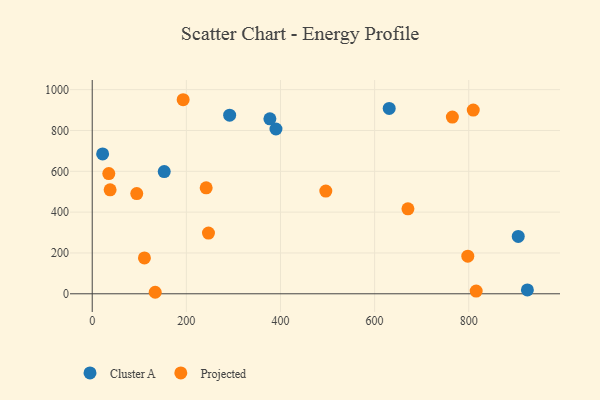
{"axis": {"x": "Study Hours", "y": "Salary"}, "legend": ["Cluster A", "Projected"], "data": [{"x": "390.4", "y": 807.3, "type": "Cluster A"}, {"x": "631.0", "y": 907.9, "type": "Cluster A"}, {"x": "22.1", "y": 685.3, "type": "Cluster A"}, {"x": "924.6", "y": 18.9, "type": "Cluster A"}, {"x": "377.5", "y": 857.0, "type": "Cluster A"}, {"x": "153.0", "y": 598.8, "type": "Cluster A"}, {"x": "905.2", "y": 281.0, "type": "Cluster A"}, {"x": "292.0", "y": 875.1, "type": "Cluster A"}, {"x": "670.8", "y": 416.0, "type": "Projected"}, {"x": "38.0", "y": 509.3, "type": "Projected"}, {"x": "133.8", "y": 7.4, "type": "Projected"}, {"x": "809.6", "y": 899.9, "type": "Projected"}, {"x": "247.0", "y": 297.4, "type": "Projected"}, {"x": "798.0", "y": 184.4, "type": "Projected"}, {"x": "242.1", "y": 518.9, "type": "Projected"}, {"x": "110.9", "y": 175.7, "type": "Projected"}, {"x": "193.2", "y": 950.6, "type": "Projected"}, {"x": "35.2", "y": 588.8, "type": "Projected"}, {"x": "815.8", "y": 13.5, "type": "Projected"}, {"x": "496.3", "y": 502.9, "type": "Projected"}, {"x": "94.6", "y": 491.1, "type": "Projected"}, {"x": "765.2", "y": 865.7, "type": "Projected"}]}